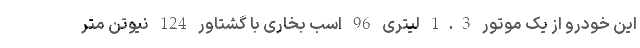
این خودرو از یک موتور 1.3 لیتری 96 اسب بخاری با گشتاور 124 نیوتن متر